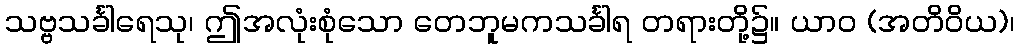
သဗ္ဗသင်္ခါရေသု၊ ဤအလုံးစုံသော တေဘူမကသင်္ခါရ တရားတို့၌။ ယာဝ (အတိဝိယ)၊